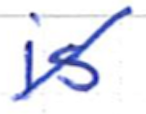
Text: is
Cross-out: diagonal
Writing tool: ballpoint